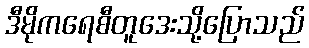
ဒီမိုကရေစီတူဒေးသို့ပြောသည်